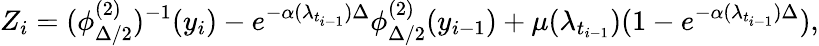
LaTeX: Z_{i}=(\phi_{\Delta/2}^{(2)})^{-1}(y_{i})-e^{-\alpha(\lambda_{t_{i-1}})\Delta}\phi_{\Delta/2}^{(2)}(y_{i-1})+\mu(\lambda_{t_{i-1}})(1-e^{-\alpha(\lambda_{t_{i-1}})\Delta}),